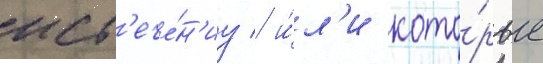
ист'ече́н'иу / и́л'и кото́рые